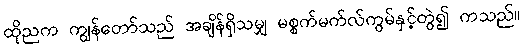
ထိုညက ကျွန်တော်သည် အချိန်ရှိသမျှ မစ္စက်မက်လ်ကွမ်နှင့်တွဲ၍ ကသည်။